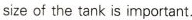
size of the tank is important.